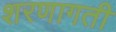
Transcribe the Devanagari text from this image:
शरणागती